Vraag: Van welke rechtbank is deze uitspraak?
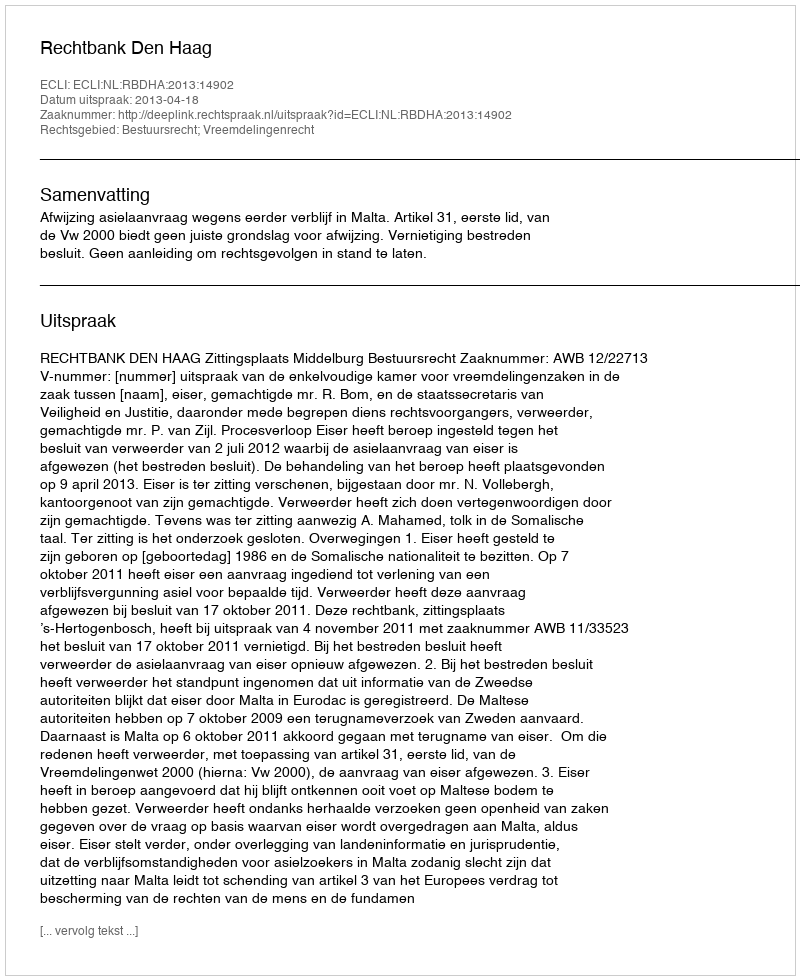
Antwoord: Rechtbank Den Haag